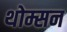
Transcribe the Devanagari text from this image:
थोम्सन